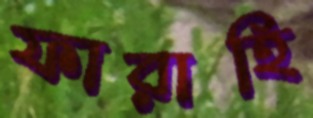
ফারাহি